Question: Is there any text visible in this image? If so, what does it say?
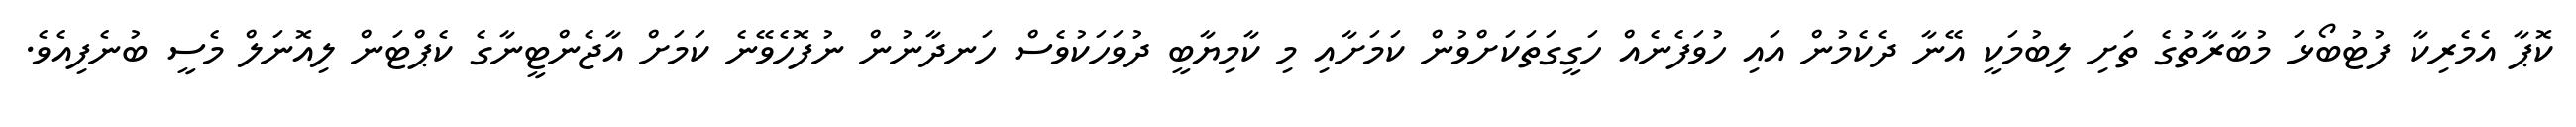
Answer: ކޮޕާ އެމެރިކާ ފުޓުބޯޅަ މުބާރާތުގެ ތަށި ލިބުމަކީ އޭނާ ދެކެމުން އައި ހުވަފެނެއް ހަގީގަތަކަށްވުން ކަމަށާއި މި ކާމިޔާބީ ދުވަހަކުވެސް ހަނދާނުން ނުފޮހެވޭނެ ކަމަށް އާޖެންޓީނާގެ ކެޕްޓަން ލިއޮނަލް މެސީ ބުނެފިއެވެ.